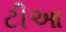
ટીઆ